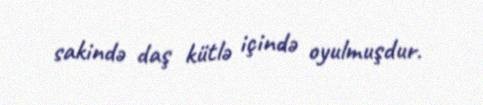
sakində daş kütlə içində oyulmuşdur.